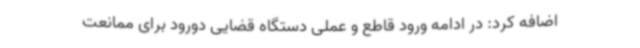
اضافه کرد: در ادامه ورود قاطع و عملی دستگاه قضایی دورود برای ممانعت